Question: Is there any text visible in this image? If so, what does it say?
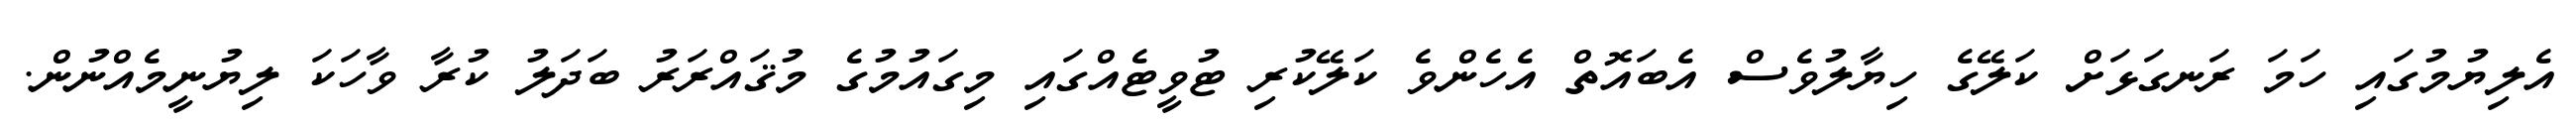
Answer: އެލިޔުމުގައި ހަމަ ރަނގަޅަށް ކަލޭގެ ހިޔާލުވެސް އެބައޮތް އެހެންވެ ކަލޭކުރި ޓުވީޓެއްގައި މިގައުމުގެ މުޤައްރަރު ބަދަލު ކުރާ ވާހަކަ ލިޔުނީމެއްނުން.